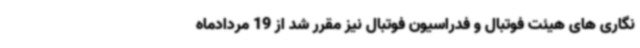
نگاری های هیئت فوتبال و فدراسیون فوتبال نیز مقرر شد از 19 مردادماه